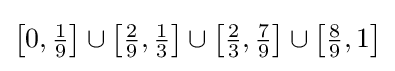
{\textstyle \left[0,{\frac {1}{9}}\right]\cup \left[{\frac {2}{9}},{\frac {1}{3}}\right]\cup \left[{\frac {2}{3}},{\frac {7}{9}}\right]\cup \left[{\frac {8}{9}},1\right]}